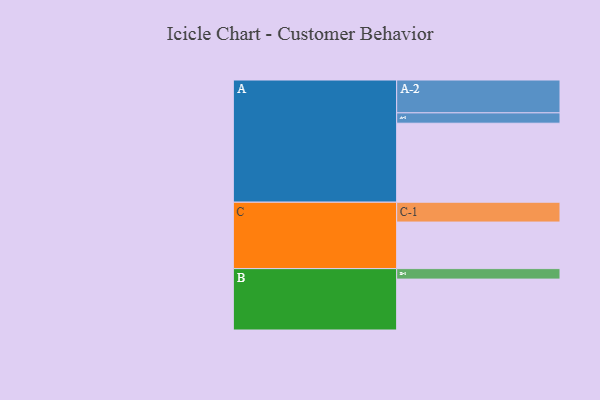
{"axis": {"x": "Segment", "y": "Value"}, "legend": ["", "A", "B", "C"], "data": [{"x": "A", "y": 565, "type": ""}, {"x": "B", "y": 364, "type": ""}, {"x": "C", "y": 333, "type": ""}, {"x": "A-1", "y": 74, "type": "A"}, {"x": "A-2", "y": 235, "type": "A"}, {"x": "B-1", "y": 75, "type": "B"}, {"x": "C-1", "y": 142, "type": "C"}]}